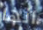
انها